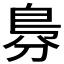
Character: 𠝷